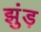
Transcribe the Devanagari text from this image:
झुंड़